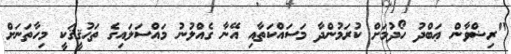
"ރިޟްވާން ޢަބްދު ހޯދުމަށް ކުރަމުންދާ މަސައްކަތާއި އޭނާ ގެއްލުނު މައްސަލައިގެ ތަޙުޤީޤަކީ މިހާތަނަށް